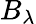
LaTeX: B_{\lambda}